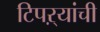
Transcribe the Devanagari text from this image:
टिपऱ्यांची